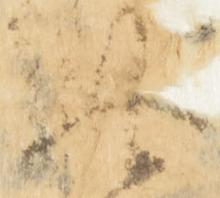
此